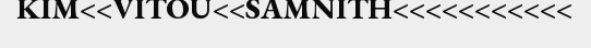
KIM<<VITOU<<SAMNITH<<<<<<<<<<<